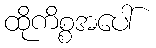
ထိုကိစ္စအပေါ်